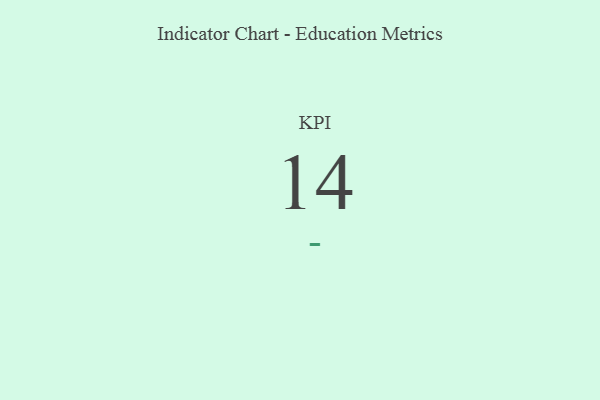
{"axis": {"x": "KPI", "y": "Value"}, "legend": [""], "data": [{"x": "KPI", "y": 14, "type": ""}]}